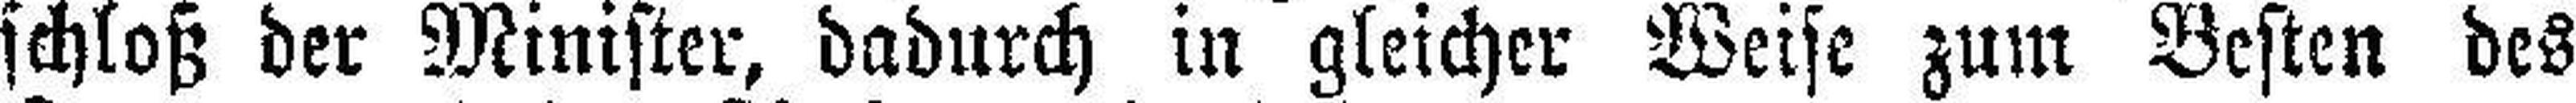
schloß der Minister, dadurch in gleicher Weise zum Besten des